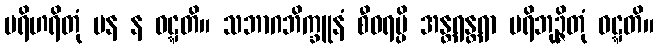
ပရိဟရိတုံ ပန န ဝဋ္ဋတိ။ သဘာဂဘိက္ခူနံ စီဝရမ္ပိ အန္တရန္တရာ ပရိဘုဉ္ဇိတုံ ဝဋ္ဋတိ။